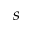
s